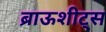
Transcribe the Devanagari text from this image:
ब्राऊशीट्स